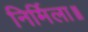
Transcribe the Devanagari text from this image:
निर्मिला॥